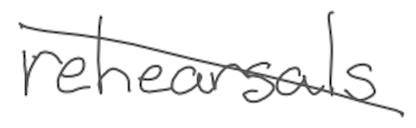
Text: rehearsals
Cross-out: diagonal
Writing tool: digital_gray